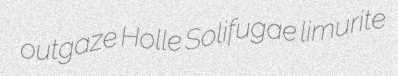
outgaze Holle Solifugae limurite